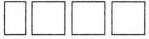
\Box \Box \Box \Box